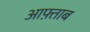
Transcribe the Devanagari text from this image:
आफ़्ताब